Report of the Municipal Commissioner on the plague in Bombay for the year ending 31st May... - Volume 2
Disease focus: Plague
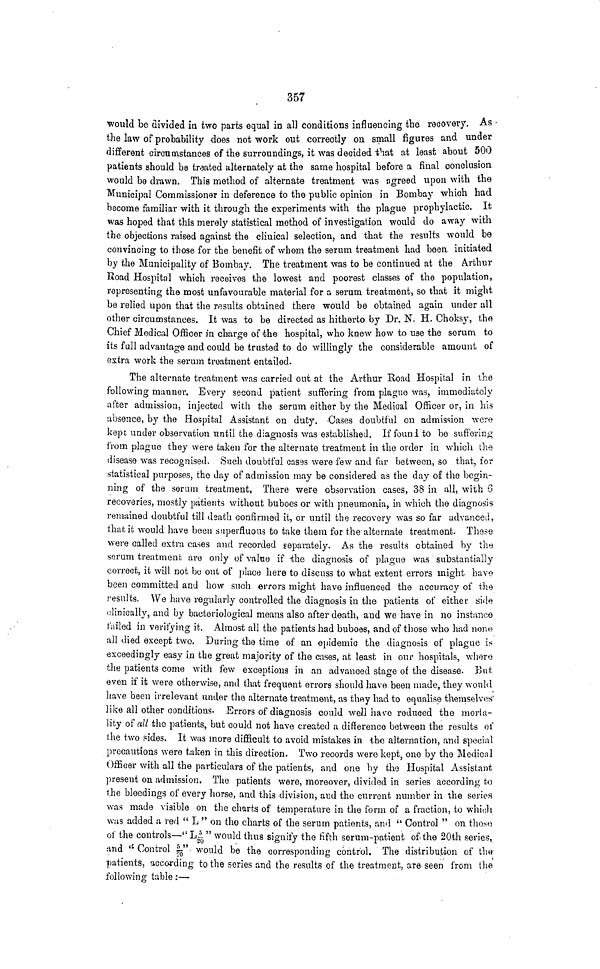
357
would be divided in ¿wo parts equal in all conditions influencing the recovery. As
the law of probability does not work out correctly on small figures and under
different circumstances of the surroundings, it was decided that at least about 500
patients should be treated alternately at the same hospital before a final conclusion
would be drawn. This method of alternate treatment was agreed upon with the
Municipal Commissioner in deference to the public opinion in Bombay which had
become familiar with it through the experiments with the plague prophylactic. It
was hoped that this merely statistical method of investigation would do away with
the objections raised against the clinical selection, and that the results would be
convincing to those for the benefit of whom the serum treatment had been initiated
by the Municipality of Bombay. The treatment was to be continued at the Arthur
Road Hospital which receives the lowest and poorest classes of the population,
representing the most unfavourable material for a serum treatment, so that it might
be relied upon that the results obtained there would be obtained again under all
other circumstances. It was to be directed as hitherto by Dr. N. H. Choksy, the
Chief Medical Officer in charge of the hospital, who knew how to use the serum to
its full advantage and could be trusted to do willingly the considerable amount of
extra work the serum treatment entailed.
The alternate treatment was carried out at the Arthur Road Hospital in
the
after admission, injected with the serum either by the Medical Officer or, m his
absence, by the Hospital Assistant on duty. Cases doubtful on admission were
kept under observation until the diagnosis was established. If found, to be suffering
from plague they were taken for the alternate treatment in the order in which the
disease was recognised. Such doubtful casas were few and far between, so that, for
statistical purposes, the day of admission may be considered as the day of the begin-
ning of the serum treatment, There were observation cases, 38 in all, with 6
recoveries, mostly patients without buboes or with pneumonia, in which the diagnosis
remained doubtful till death confirmed it, or until the recovery was so far advanced,
that it would have been superfluous to take them for the alternate treatment. These
were called extra cases and recorded separately. As the results obtained by the
serum treatment are only of value if the diagnosis of plague was substantially
correct, it will not bo out of place here to discuss to what extent errors might have
been committed and how such errors might have influenced the accuracy of the
results. We have regularly controlled the diagnosis in the patients of either side
clinically, and by bacteriological means also after death, and we have in no instance
tailed in verifying it. Almost all the patients had buboes, and of those who had none
all died except two. During the time of an epidemic the diagnosis of plague is
exceedingly easy in the great majority of the cases, at least in our hospitals, where
the patients come with few exceptions in an advanced stage of the disease. But
even if it were otherwise, and that frequent errors should have been made, they would
have been irrelevant under the alternate treatment, as they had to equalise themselves
like all other conditions. Errors of diagnosis could well have reduced the morta-
lity of all the patients, but could not have created a difference between the results of
the two sides. It was more difficult to avoid mistakes in the alternation, and special
precautions were taken in this direction. Two records were kept, one by the Medical
Officer with all the particulars of the patients, and one by the Hospital Assistant
present on admission. The patients were, moreover, divided in series according to
the bleedings of every horse, and this division, and the current number in the series
was made visible on the charts of temperature in the form of a fraction, to which
was added a red " L " on the charts of the serum patients, and " Control " on those
of the controls—"LJ/20 " would thus signify the fifth serum-patient of the 20th series,
and " Control 5/20". would be the corresponding control. The distribution of the
patients, according to the series and the results of the treatment, are seen from the
following table :—